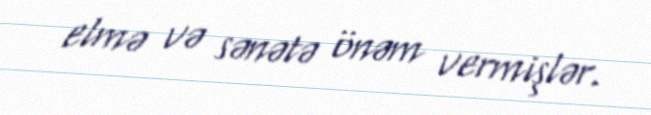
elmə və sənətə önəm vermişlər.